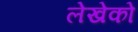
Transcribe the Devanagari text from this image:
लेखेको